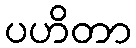
ပဟိတာ